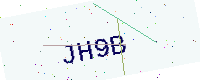
Text: JH9B